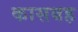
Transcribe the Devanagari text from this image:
कासबह